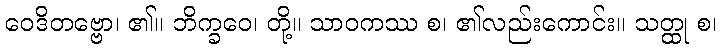
ဝေဒိတဗ္ဗော၊ ၏။ ဘိက္ခဝေ၊ တို့။ သာဝကဿ စ၊ ၏လည်းကောင်း။ သတ္ထု စ၊